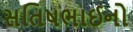
સતિષભાઈનો